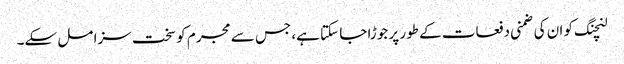
لنچنگ کو ان کی ضمنی دفعات کے طور پر جوڑا جا سکتا ہے، جس سے مجرم کو سخت سزا مل سکے۔